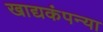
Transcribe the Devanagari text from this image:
खाद्यकंपन्या